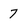
Character: 7